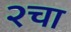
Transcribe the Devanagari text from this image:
२चा